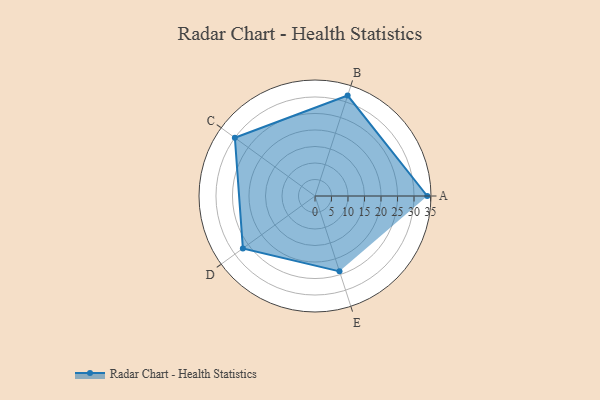
{"axis": {"x": "Skill", "y": "Score"}, "legend": ["Profile"], "data": [{"x": "A", "y": 34.0, "type": "Profile"}, {"x": "B", "y": 32.0, "type": "Profile"}, {"x": "C", "y": 30.0, "type": "Profile"}, {"x": "D", "y": 27.0, "type": "Profile"}, {"x": "E", "y": 24.0, "type": "Profile"}]}